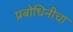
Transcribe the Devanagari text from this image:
प्रबोधिनीचा